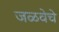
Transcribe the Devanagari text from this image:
जळवेचे